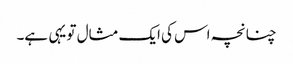
چنانچہ اس کی ایک مثال تو یہی ہے۔